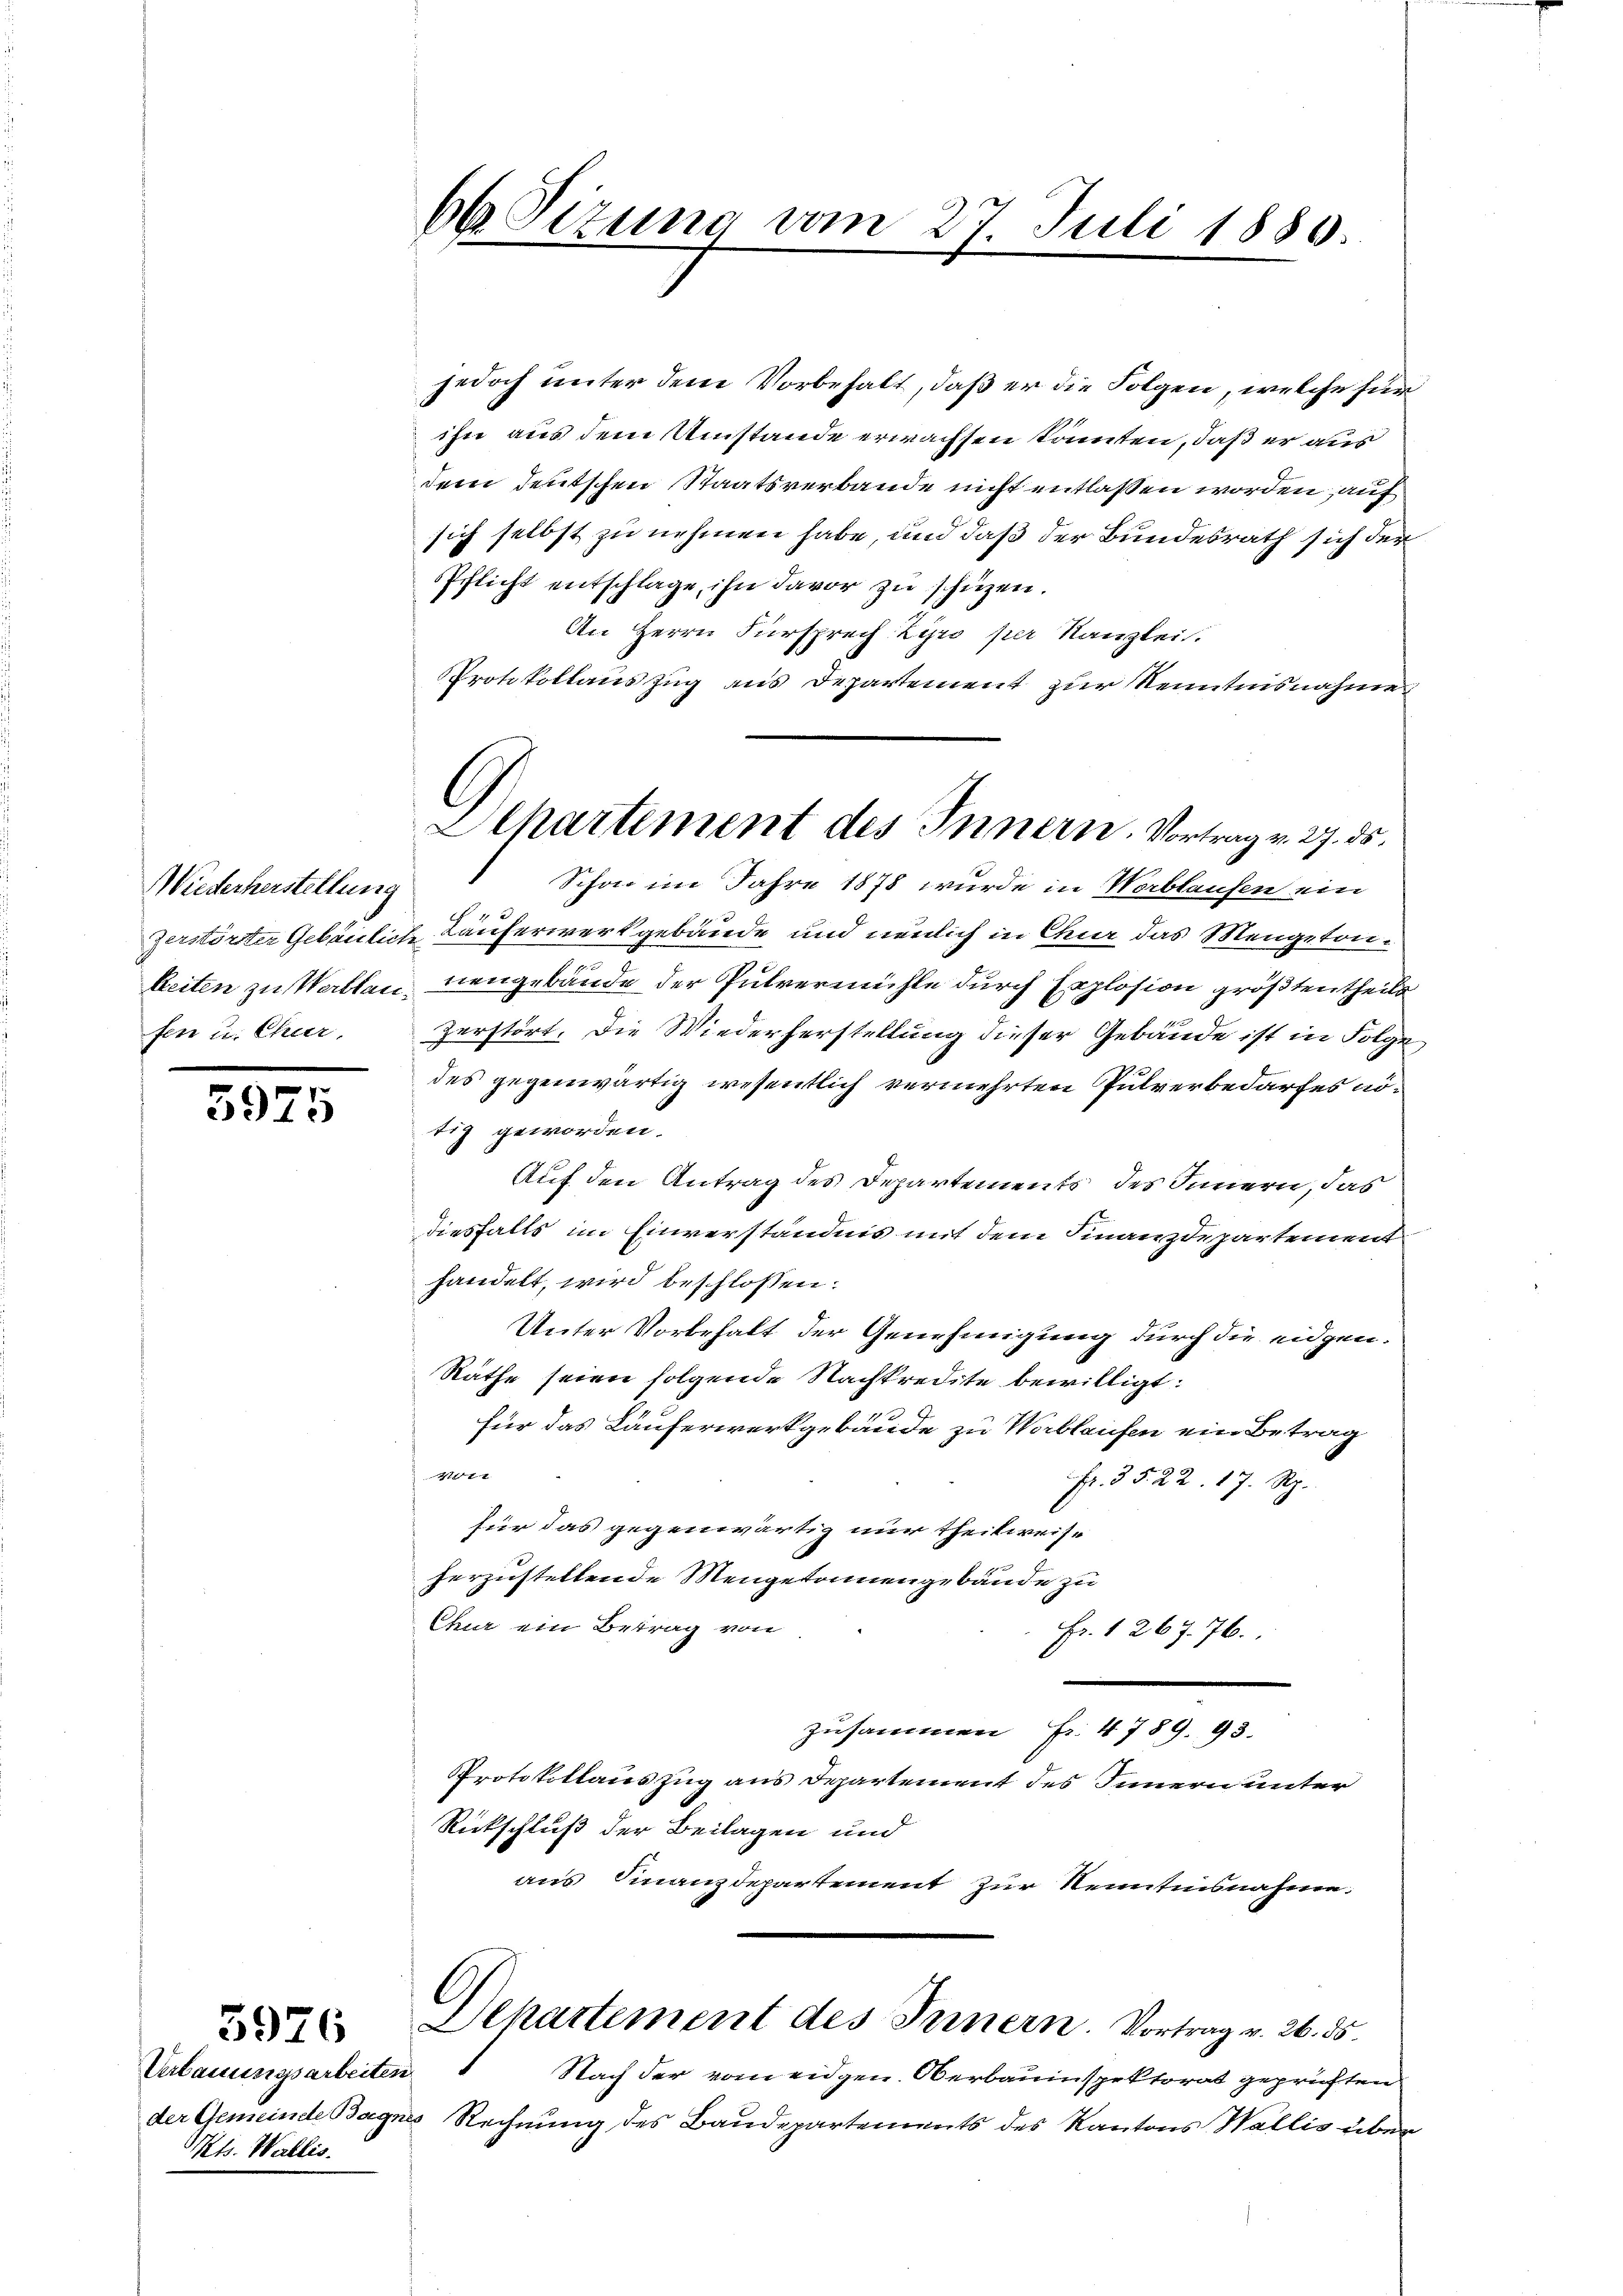
Wiederherstellung
fen u. Chur.

3975

3976

Verlauungsarbeiten
Mts. Wallis.

66 Sizung vom 27. Juli 1886.

jedoch unter dem Vorbehalt, daß er die Folgen, welche für
ihn aus dem Umstände erwachsen könnten, daß er aus
dem Teutschen Staatsverbande nicht entlassen worden, auf
sich selbst zu nehmen habe, und daß der Bundesrath sich der
Pflicht entschlage, ihn davor zu schüzen.
An Herrn Fürsprech Zyro per Kanzlei.
Protokollauszug aus Departement zur Kenntnisnahme
Schon im Jahre 1878 wurde in Worblaufen ein

zerstörter Gebäulich Lauferwerkgebäude und neulich in Chur das Mengetone
beiten zu Werthan, neugebäude der Pulvermühle durch Explosion größten theils
zerstört. Die Wiederherstellung dieser Gebäude ist in Folge,
des gegenwärtig wesentlich vermehrten Pulverbedarfes abtig geworden.
Auf den Antrag des Departements des Innern, das
diesfalls im Einverständnis mit dem Finanzdepartementhandelt, wird beschlossen:
Unter Vorbehalt der Genehmigung durch die eidgen.
Räthe seien folgende Nachkredite bewilligt:
für das Läuferwerkgebäude zu Werblaufen ein Betrag
401.
Fr. 35. 22. 17. Rp.
für das gegenwärtig nur theilweise
herzustellende Mengekommengebäude zu
Chur ein Betrag von
Fr. 1 267. 76.
zusammen Fr. 4789. 93.
Protokollauszug aus Departement des Innern unter
Rückschluß der Beilagen und
aus Finanzdepartement zur Kenntnisnahme:
C
Ilhartement des Innern. Vortrag v. 26. ds.
Nach der vom eidgen. Oberbauinspektorat geprüften
der Gemeinde Bagnes Rechnung des Baudepartements des Kantons Wallis über

Ilhartement des Innern. Vortrag v. 27. ds.